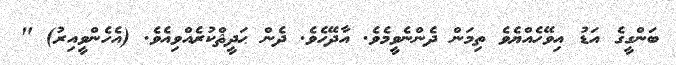
ބަންގީގެ އަޑު އިވޭހެއްޔެވެ ތިމަން ދެންނެވީމެވެ. އާދޭހެވެ. ދެން ޙަދީޘްކުރެއްވިއެވެ. (އެހެންވީއިރު) "